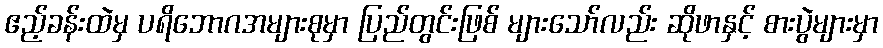
ဧည့်ခန်းထဲမှ ပရိဘောဂအများစုမှာ ပြည်တွင်းဖြစ် များသော်လည်း ဆိုဖာနှင့် စားပွဲများမှာ